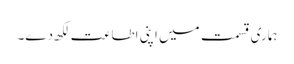
ہماری قسمت میں اپنی اطاعت لکھ دے۔